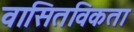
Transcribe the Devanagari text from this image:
वासितविकता